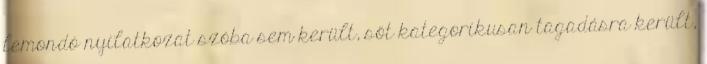
lemondó nyilatkozat szóba sem került, sőt kategorikusan tagadásra került,